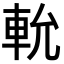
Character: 𨋍